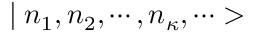
\mid n _ { 1 } , n _ { 2 } , \cdots , n _ { \kappa } , \cdots >